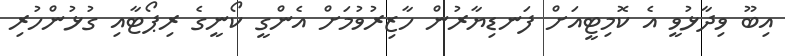
އިބޫ ވިދާޅުވީ އެ ކޮމިޓީއަށް ފަނޑިޔާރުން ހާޒިރުވުމަށް އެންގީ ކޯނީގެ ރިޕޯޓާއި ގުޅުންހުރި